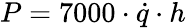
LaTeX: P=7000\cdot{\dot{q}}\cdot h